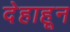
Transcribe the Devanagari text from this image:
देहाहून